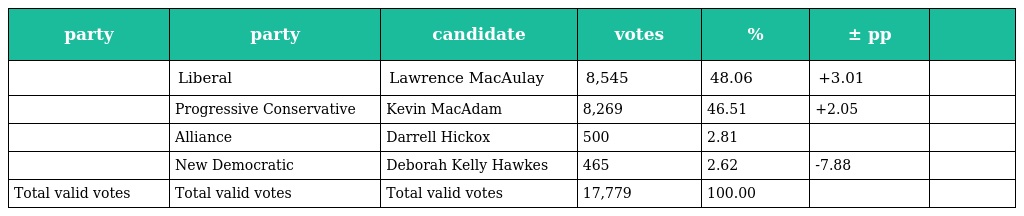
| party | party | candidate | votes | % | ± pp |  |
 | --- | --- | --- | --- | --- | --- | --- |
 |  | Liberal | Lawrence MacAulay | 8,545 | 48.06 | +3.01 |  |
 |  | Progressive Conservative | Kevin MacAdam | 8,269 | 46.51 | +2.05 |  |
 |  | Alliance | Darrell Hickox | 500 | 2.81 |  |  |
 |  | New Democratic | Deborah Kelly Hawkes | 465 | 2.62 | -7.88 |  |
 | Total valid votes | Total valid votes | Total valid votes | 17,779 | 100.00 |  |  |